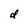
Character: d